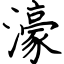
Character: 濠